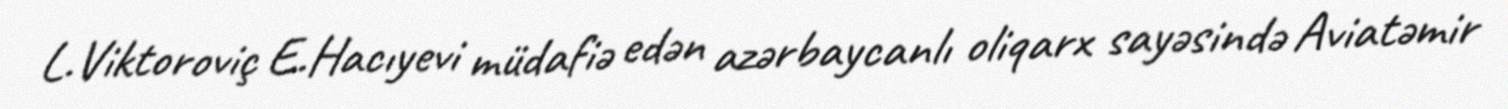
L.Viktoroviç E.Hacıyevi müdafiə edən azərbaycanlı oliqarx sayəsində Aviatəmir